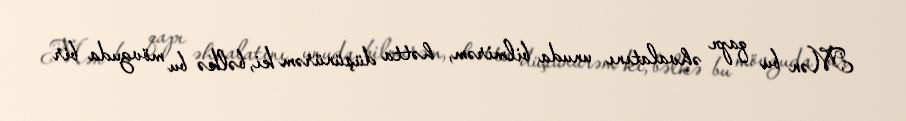
Mən bu qapı əhvalatını unuda bilmirəm, hətta düşünürəm ki, bəlkə bu mövzuda bir